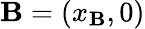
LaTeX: \mathbf{B}=\left(x_{\mathbf{B}},0\right)